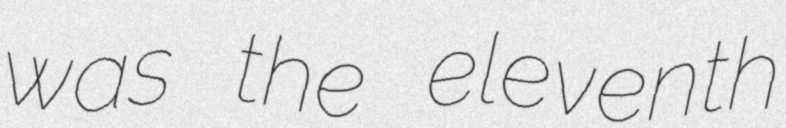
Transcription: was the eleventh